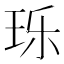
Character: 𬍛